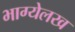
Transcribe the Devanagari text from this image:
भाग्येलख